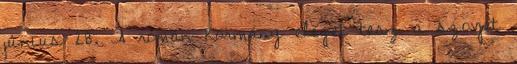
június 28. A román kormány eleget tesz a szovjet